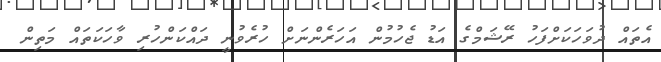
އެތައް ދުވަހަކަށްފަހު ރޭޝަމްގެ އަޑު ޖެހުމުން އަހަރެންނަށް ހުރެވުނީ ދައްކަންހުރި ވާހަކަތައް މަތިން